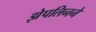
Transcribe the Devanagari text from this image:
झेपलिनने